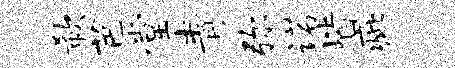
欷芭堂青弥诺皆疵